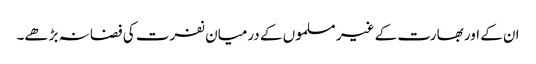
ان کے اور بھارت کے غیر مسلموں کے درمیان نفرت کی فضا نہ بڑھے۔